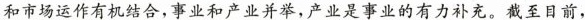
和市场运作有机结合，事业和产业并举，产业是事业的有力补充。截至日前，